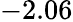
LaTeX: -2.06